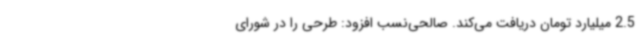
2.5 میلیارد تومان دریافت می‌کند. صالحی‌نسب افزود: طرحی را در شورای